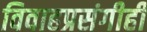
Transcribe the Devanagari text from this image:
विवाहप्रसंगीही